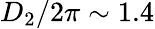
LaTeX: D_{2}/2\pi\sim 1.4